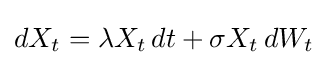
dX_{t}=\lambda X_{t}\,dt+\sigma X_{t}\,dW_{t}